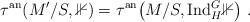
LaTeX: \begin{align*}\tau^\mathrm{an}(M'/S,\mathbb{1}) = \tau^\mathrm{an}\big(M/S,\mathrm{Ind}^G_H\mathbb{1}\big) \;.\end{align*}